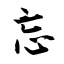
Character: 忘